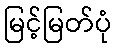
မြင့်မြတ်ပုံ